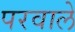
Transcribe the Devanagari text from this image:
परवाले